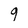
Character: 9